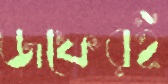
জফেরই